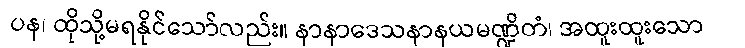
ပန၊ ထိုသို့မရနိုင်သော်လည်း။ နာနာဒေသနာနယမဏ္ဍိတံ၊ အထူးထူးသော